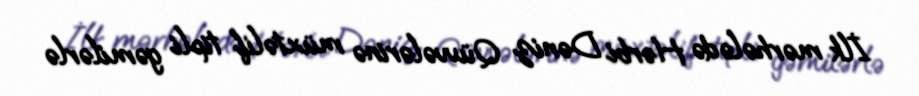
İlk mərhələdə Hərbi Dəniz Qüvvələrinə müxtəlif tipli gəmilərlə